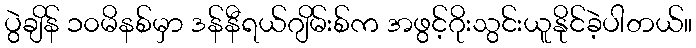
ပွဲချိန် ၁၀မိနစ်မှာ ဒန်နီရယ်ဂျိမ်းစ်က အဖွင့်ဂိုးသွင်းယူနိုင်ခဲ့ပါတယ်။